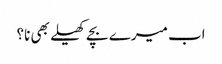
اب میرے بچے کھیلے بھی نا؟